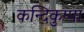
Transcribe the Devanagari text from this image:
कन्दिकुप्पा